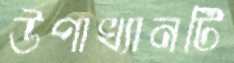
উপাখ্যানটি